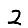
Digit: 2